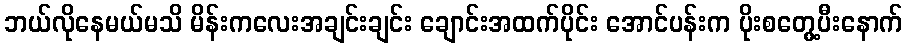
ဘယ်လိုနေမယ်မသိ မိန်းကလေးအချင်းချင်း ချောင်းအထက်ပိုင်း အောင်ပန်းက ပိုးစတွေ့ပီးနောက်